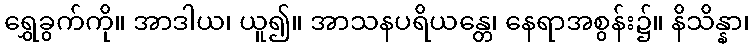
ရွှေခွက်ကို။ အာဒါယ၊ ယူ၍။ အာသနပရိယန္တေ၊ နေရာအစွန်း၌။ နိသိန္နာ၊